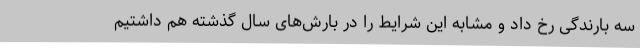
سه بارندگی رخ داد و مشابه این شرایط را در بارش‌های سال گذشته هم داشتیم